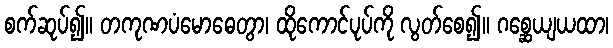
စက်ဆုပ်၍။ တကုဏပံမောဓေတွာ၊ ထိုကောင်ပုပ်ကို လွတ်စေ၍။ ဂစ္ဆေယျယထာ၊